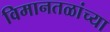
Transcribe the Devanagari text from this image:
विमानतळांच्या